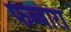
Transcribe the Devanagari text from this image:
फब्बारा